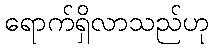
ရောက်ရှိလာသည်ဟု